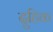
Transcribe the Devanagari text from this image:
दुहिक